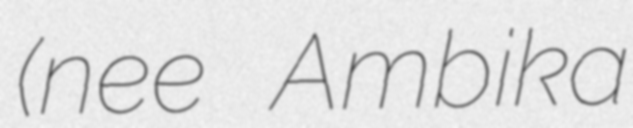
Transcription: (nee Ambika